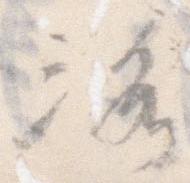
洛